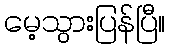
မေ့သွားပြန်ပြီ။